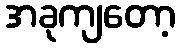
အခုကျတော့